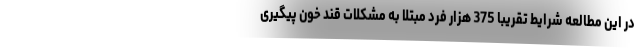
در این مطالعه شرایط تقریبا 375 هزار فرد مبتلا به مشکلات قند خون پیگیری